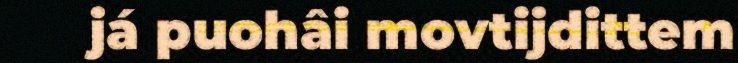
já puohâi movtijdittem